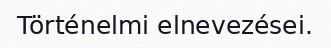
Történelmi elnevezései.